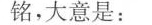
铭，大意是：